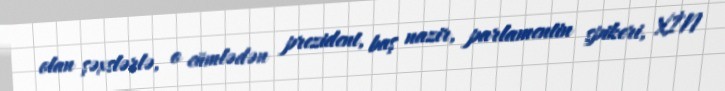
olan şəxslərlə, o cümlədən prezident, baş nazir, parlamentin spikeri, XİN